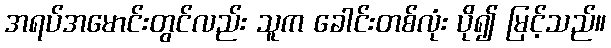
အရပ်အမောင်းတွင်လည်း သူက ခေါင်းတစ်လုံး ပို၍ မြင့်သည်။